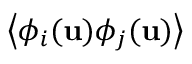
\left< \phi _ { i } ( \mathbf { u } ) \phi _ { j } ( \mathbf { u } ) \right>